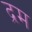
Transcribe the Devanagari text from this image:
द्रम